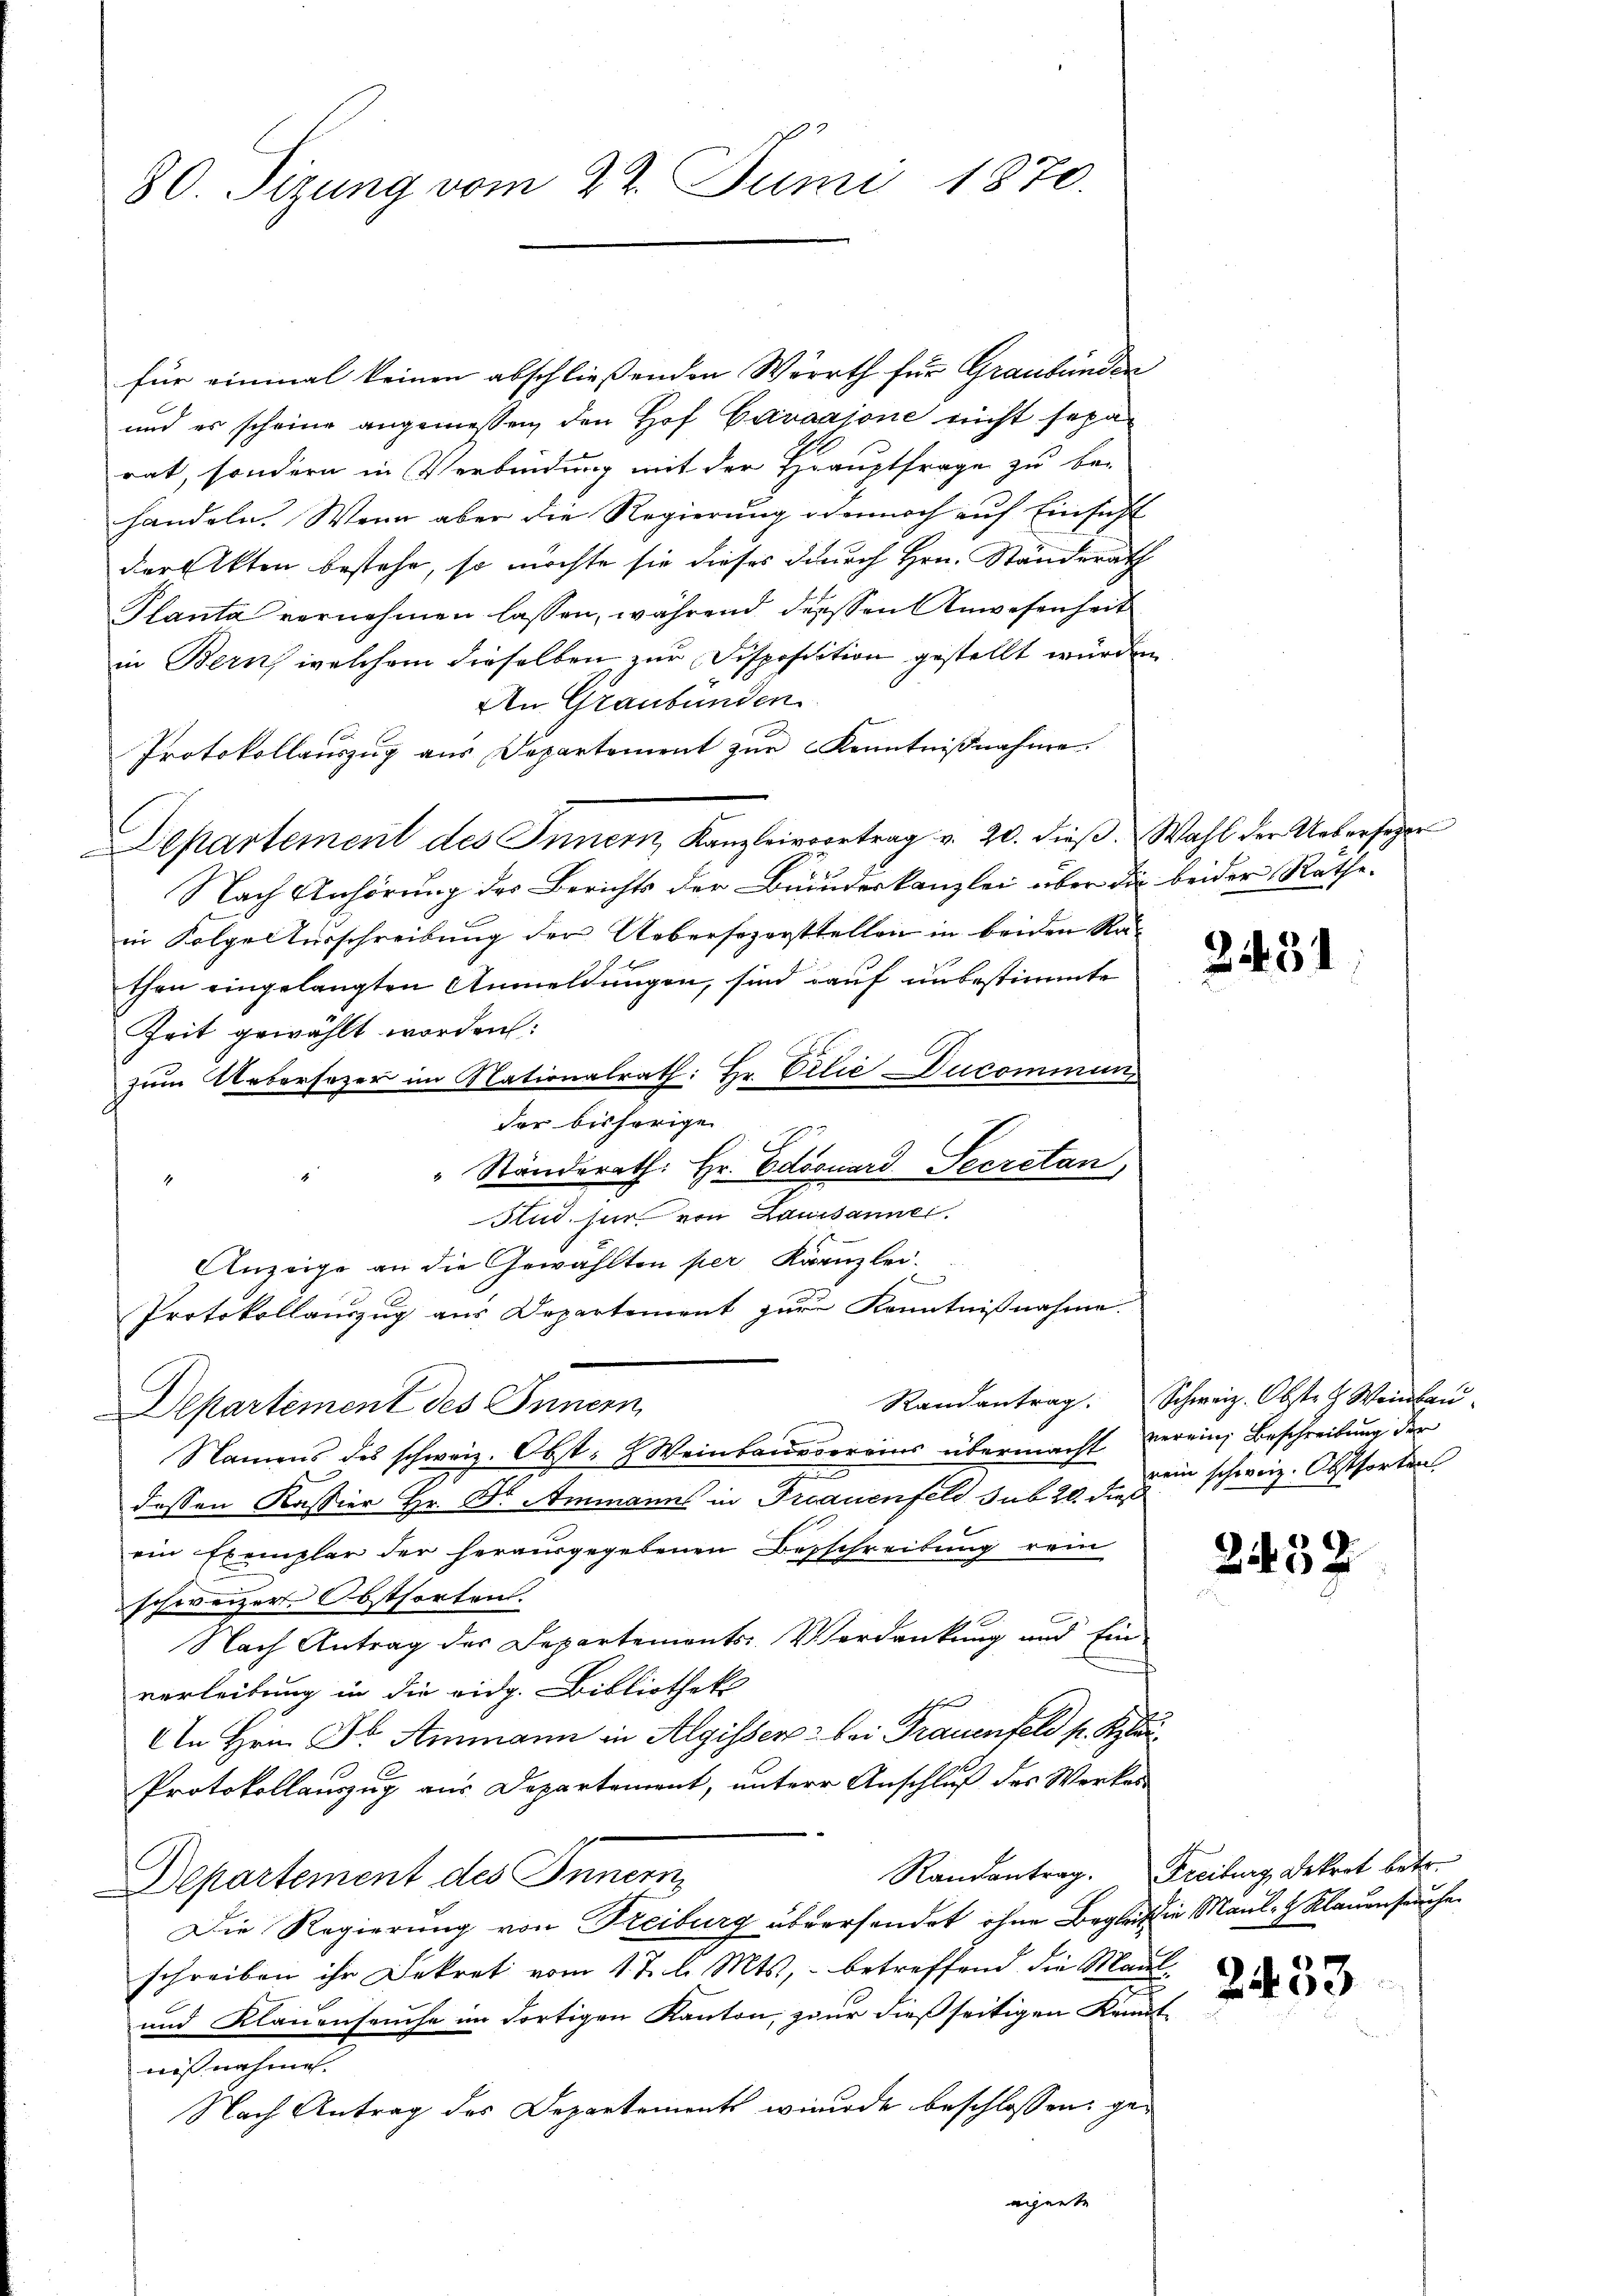
80. Sizung vom 22. Juni 1870.

für einmal keinen abschließenden Werth für Graubünden
und er scheine angeniessen, den Hof Caraajone nicht separ
rat, sondern in Verbindung mit der Hauptfrage zu be-
handeln. Wenn aber die Regierung dennoch auf Einsicht
der Akten bestehe, so möchte sie dieses durch Hrn. Ständerath
Planta vernehmen lassen, während diesen Anwesenheit
in Bern, welchem dieselben zur Disposition gestellt wurden
An Graubünden
Protokollauszug aus Departement zur Kenntnißnahme.
Departement des Innern, Kanzleivvortrag v. 20. dieβ. Wahl der Uebersager
Nach Anhörung des Berichts der Bundeskanzlei über die beider Rathe-
in Folgeturschreibung der Uebersezerstellen in beiden Rax
then eingelangten Anmeldungen, sind auf unbestimmte
Zeit gewählt worden:
zum Uebersezer im Nationalrath: Hr. CilićDucommun
der bisherige
" Ständerath: Hr. Edouard Secretan,
Stud. jur. von Lausannes.
Anzeige an die Gewählten per Kanzlei.
.
Protokollauszug aus Departement zur Kenntnißnahme.
Departement des Innern,
Namens des schweiz. Obst: Weinbandereins übermacht verein Beschreibung der
dessen Kassier Hr. Dr. Ammanns in Frauenfeld sub 20. dieß
ein Exemplar der herausgegebenen Besschreibung rein
schweizer. Obstforten.
Nach Antrag der Departements-Verdankung und Ein-
verleitung in die eidg. Bibliothek
An Hrn. Dr Ammann in Algisser bei Trauenfeld pr. Kai
Protokollauszug aus Departement, untere Anschluß des Werkes
Departement des Innern,
Die Regierung von Freiburg übersendet ohne Begleitin Maul- & Klauenseuche
schreiben ihr Dekret vom 12. l. Mts., betreffend die Maul-
2
und Klauenseuche im dortigen Kanton, zur dießseitigen Kennt-
nißnahme
Nach Antrag des Departements wurde beschlossen: geeigente

2431

Randantrag. Schweiz. Obste Weinbau.
rein schweiz. Obsthorten

Randantrag. Freiburg, Dekret betr.

2459

2453